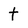
Character: t